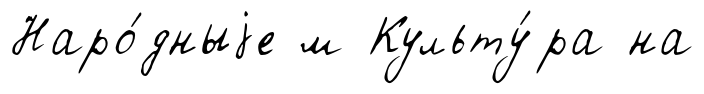
Наро́дныjе м Культу́ра на